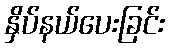
နှိပ်နယ်ပေးခြင်း